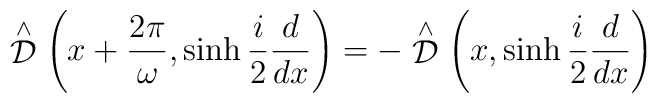
\stackrel {\wedge}{\cal D} \left( x+ \frac{2 \pi}{\omega},\sinh\frac{i}{2}\frac{d}{dx} \right)  =- \stackrel{\wedge}{\cal D} \left( x,\sinh\frac{i}{2}\frac{d}{dx} \right)